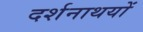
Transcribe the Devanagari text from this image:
दर्शनाथयों